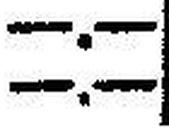
—.—